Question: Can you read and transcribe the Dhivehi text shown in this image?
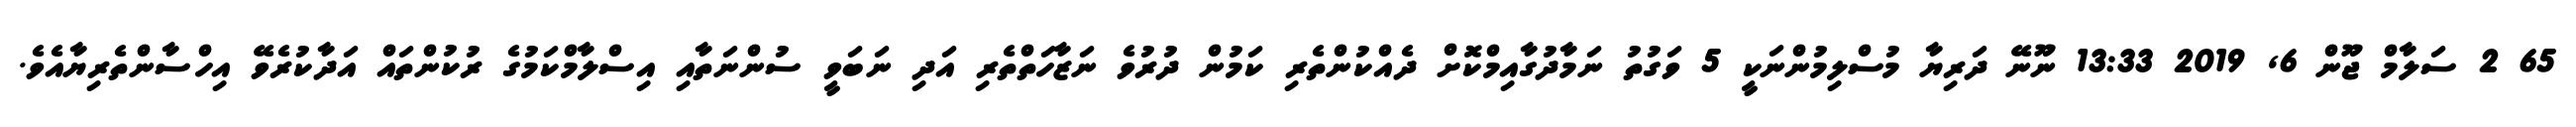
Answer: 65 2 ސަލާމް ޖޫން 6, 2019 13:33 ނޫނޭ ދަރިޔާ މުސްލިމުންނަކީ 5 ވަގުތު ނަމާދުގާއިމްކޮށް ދެއްކުންތެރި ކަމުން ދުރުވެ ނަޒާހަތްތެރި އަދި ނަބަވީ ސުންނަތާއި އިސްލާމްކަމުގެ ރުކުންތައް އަދާކުރެވޭ އިހްސާންތެރިޔާއެވެ.